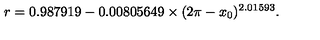
r = 0 . 9 8 7 9 1 9 - 0 . 0 0 8 0 5 6 4 9 \times ( 2 \pi - x _ { 0 } ) ^ { 2 . 0 1 5 9 3 } .